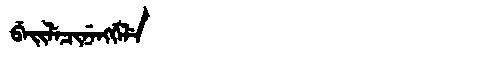
Manchu: ᠪᡝᡳᠯᡝᠴᡳᠨᡝᠩᡤᡝᠯᡝ
Romanization: BEILECINENGGELE